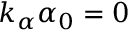
k _ { \alpha } \alpha _ { 0 } = 0